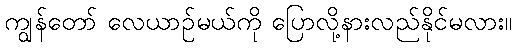
ကျွန်တော် လေယာဉ်မယ်ကို ပြောလို့နားလည်နိုင်မလား။